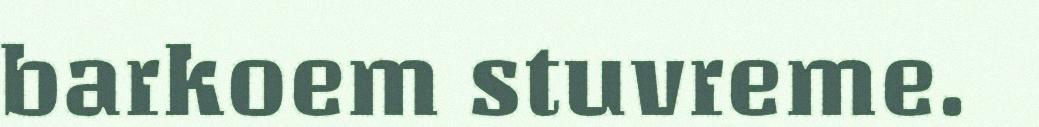
barkoem stuvreme.